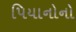
પિયાનોનો